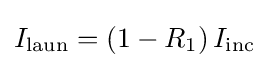
I_{\text{laun}}=\left(1-R_{1}\right)I_{\text{inc}}